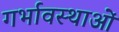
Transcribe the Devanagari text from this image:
गर्भावस्‍थाओं